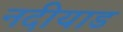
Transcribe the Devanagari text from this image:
नदीयाड